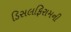
ડિસલફિરામની